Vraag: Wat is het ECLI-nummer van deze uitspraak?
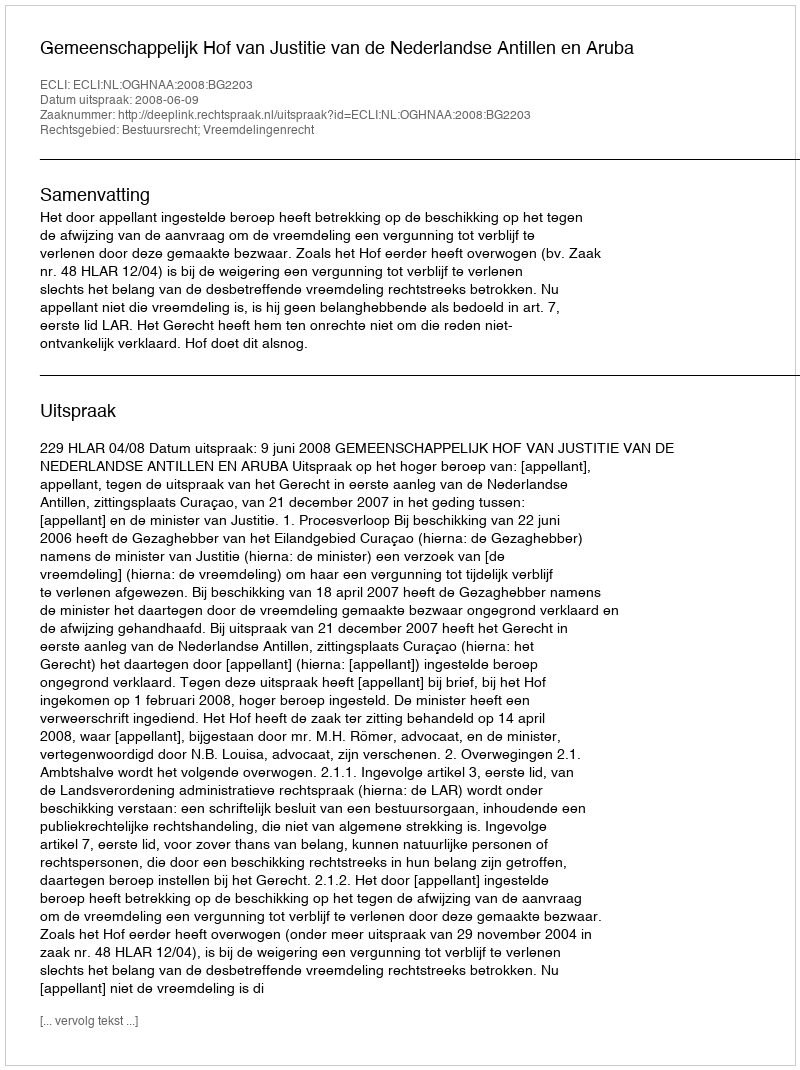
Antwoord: ECLI:NL:OGHNAA:2008:BG2203